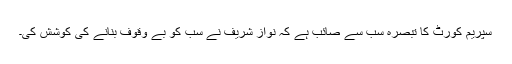
سپریم کورٹ کا تبصرہ سب سے صائب ہے کہ نواز شریف نے سب کو بے وقوف بنانے کی کوشش کی۔